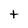
Character: t